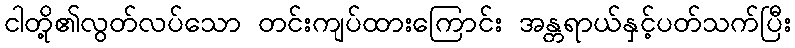
ငါတို့၏လွတ်လပ်သော တင်းကျပ်ထားကြောင်း အန္တရာယ်နှင့်ပတ်သက်ပြီး